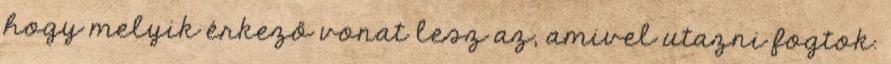
hogy melyik érkező vonat lesz az, amivel utazni fogtok.